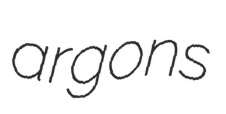
argons